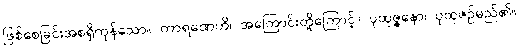
ဖြစ်စေခြင်းအစရှိကုန်သော။ ကာရဏေဟိ၊ အကြောင်းတို့ကြောင့်။ ပုထုဇ္ဇနော၊ ပုထုဇဉ်မည်၏။